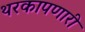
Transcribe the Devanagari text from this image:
थरकापणारी